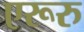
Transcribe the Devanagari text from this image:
एरूरु